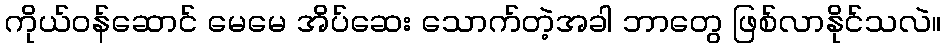
ကိုယ်ဝန်ဆောင် မေမေ အိပ်ဆေး သောက်တဲ့အခါ ဘာတွေ ဖြစ်လာနိုင်သလဲ။